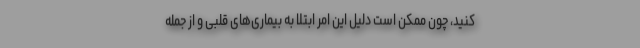
کنید، چون ممکن است دلیل این امر ابتلا به بیماری‌های قلبی و از جمله